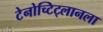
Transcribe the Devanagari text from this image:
टेनोच्टिट्लानला